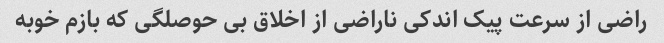
راضی از سرعت پیک اندکی ناراضی از اخلاق بی حوصلگی که بازم خوبه